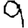
Digit: 9